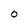
Character: O